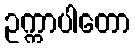
ဥက္ကာပါတော